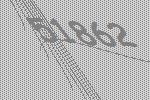
51862